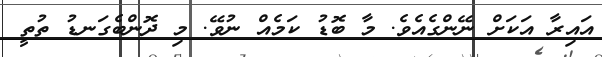
އައިރާ އަކަށް ނޭންގެއެވެ. މާ ބޮޑު ކަމެއް ނުވޭ. މި ދޮންބެގަނޑު ތުތީ